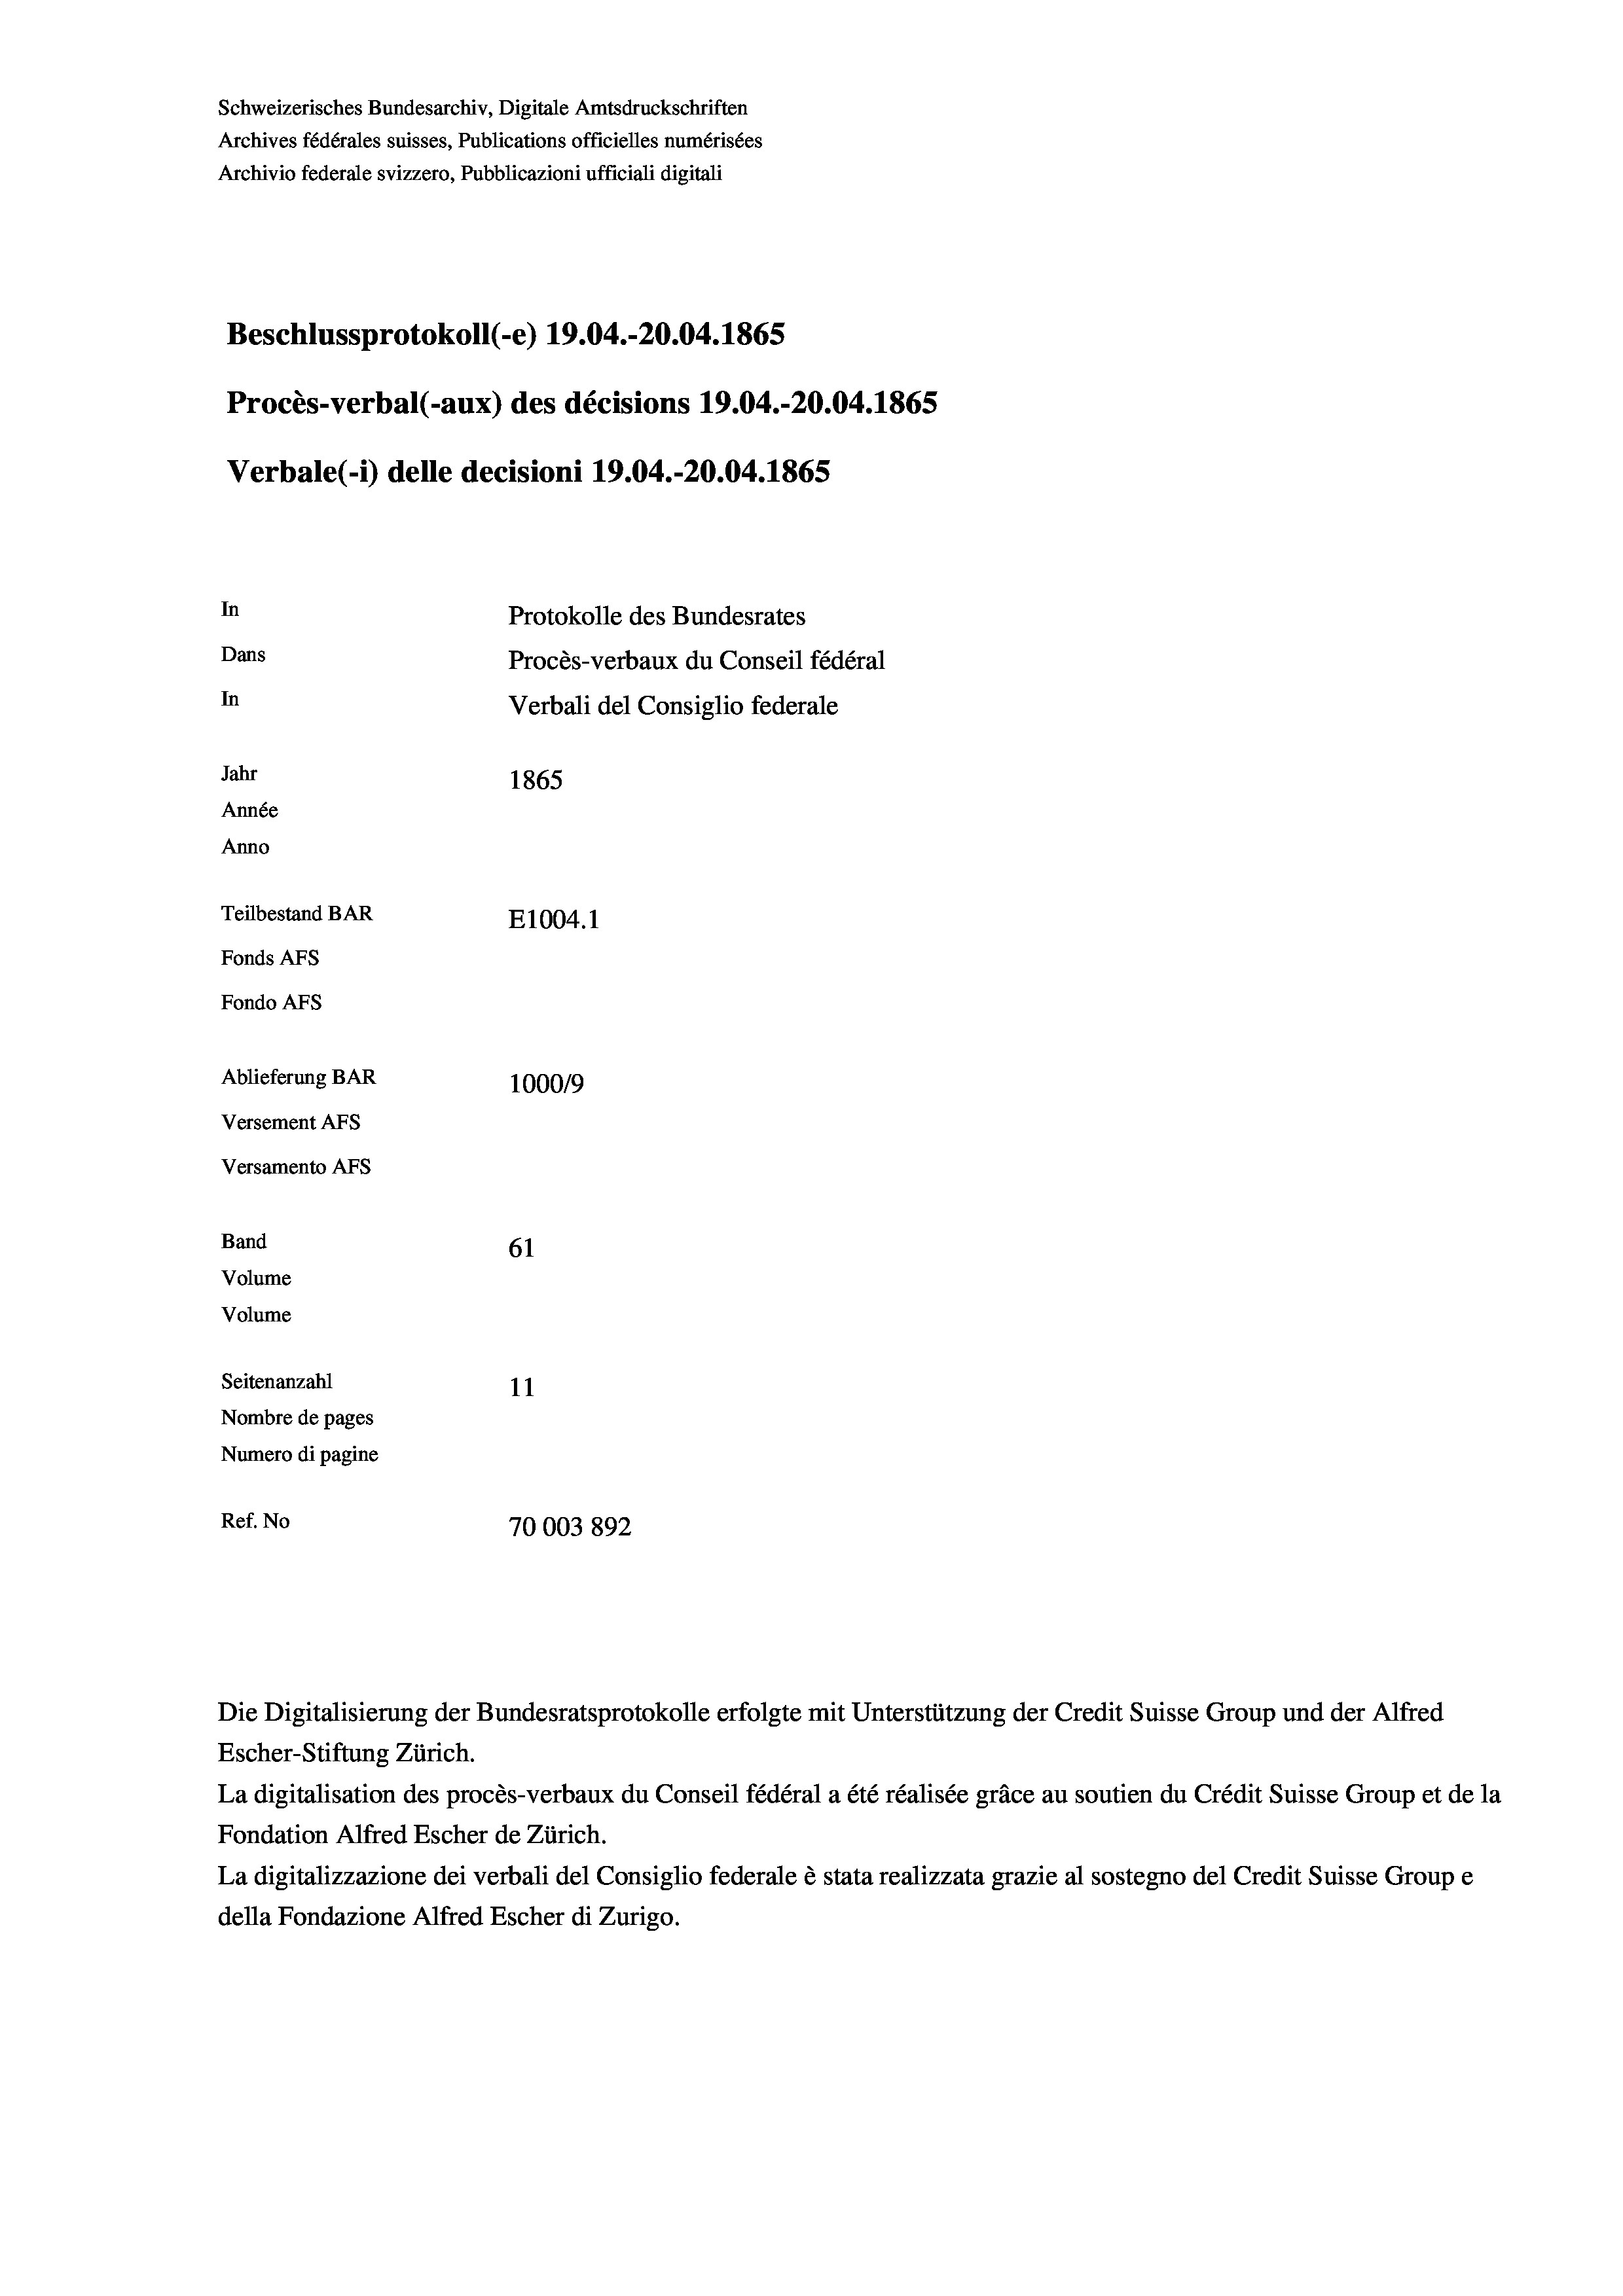
Schweizerisches Bundesarchiv, Digitale Amtsdruckschriften
Archives fédérales suisses, Publications officielles numérisées
Archivio federale svizzero, Pubblicazioni ufficiali digitali
Beschlussprotokoll (-e) 19.04.-20.04. 1865
Procès-verbal (-aux) des décisions 19.04.-20.04. 1865
Verbale (1) delle decisioni 19.04.-20.04. 1865
In
Protokolle des Bundesrates
Dans
Procès-verbaux du Conseil fédéral
In
Verbali del Consiglio federale
Jahr
1865
Année
Anno
Teilbestand BAR
E1004.1
Fonds AFs
Fondo Afs
Ablieferung BAR
100019
Versement AFs
Versamento AFs
Band
61
Volume
Volume
Seitenanzahl
11
Nombre de pages
Numero di pagine
Ref. No
70003892

Escher-Stiftung Zürich.
La digitalisation des procès-verbaux du Conseil fédéral a été réalisée gräce au soutien du Crédit Suisse Group et de la
Fondation Alfred Escher de Zürich.
La digitalizzazione dei verbali del Consiglio federale è stata realizzata grazie al sostegno del Credit Suisse Groupe
della Fondazione Alfred Escher di Zurigo.

Die Digitalisierung der Bundesratsprotokolle erfolgte mit Unterstützung der Credit Suisse Group und der Alfred